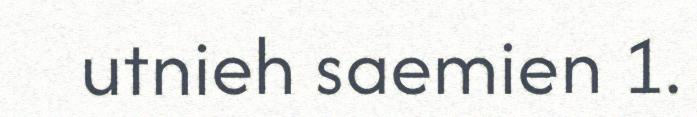
utnieh saemien 1.